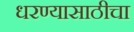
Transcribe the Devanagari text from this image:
धरण्यासाठीचा